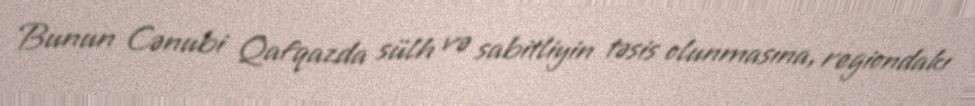
Bunun Cənubi Qafqazda sülh və sabitliyin təsis olunmasına, regiondakı